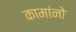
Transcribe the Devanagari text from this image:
कामांनो